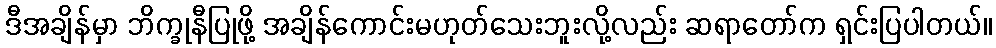
ဒီအချိန်မှာ ဘိက္ခုနီပြုဖို့ အချိန်ကောင်းမဟုတ်သေးဘူးလို့လည်း ဆရာတော်က ရှင်းပြပါတယ်။